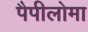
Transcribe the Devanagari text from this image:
पैपीलोमा